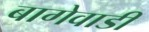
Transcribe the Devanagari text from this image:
बागेवाडी